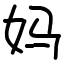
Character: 妈